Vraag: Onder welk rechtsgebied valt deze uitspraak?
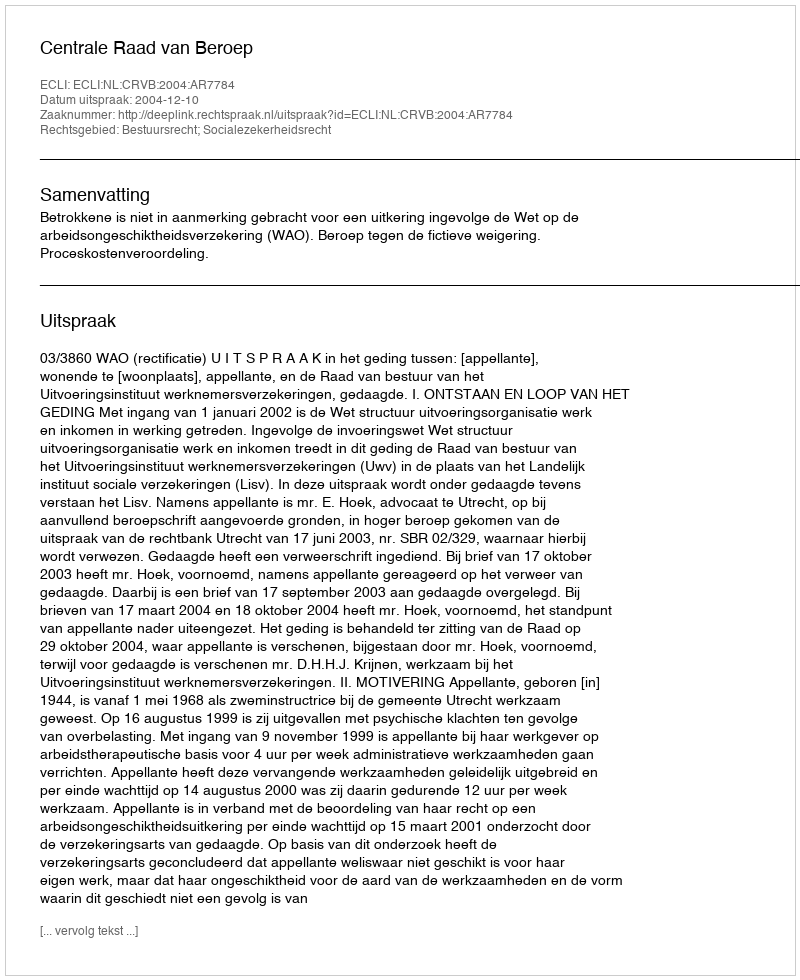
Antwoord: Bestuursrecht; Socialezekerheidsrecht